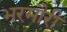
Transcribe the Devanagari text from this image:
भरमौरी